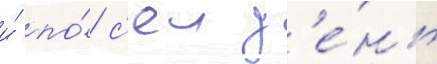
и́ по́ с'еи д'е́нь